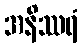
အနိဿရံ